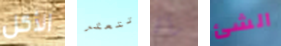
الأكل تتعثر رآك الشئ